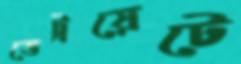
ডেট্রয়েটে